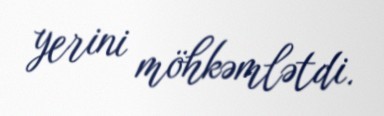
yerini möhkəmlətdi.